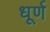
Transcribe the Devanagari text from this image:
धूर्ण